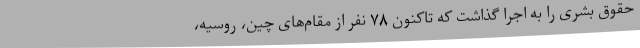
حقوق بشری را به اجرا گذاشت که تاکنون ۷۸ نفر از مقام‌های چین، روسیه،